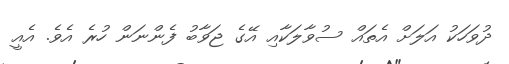
ދުވަހަކު އަލަށް އެތައް ސުވާލަކާއި އޭގެ ޖަވާބު ފެންނަން ހުރެ އެވެ. އެއީ